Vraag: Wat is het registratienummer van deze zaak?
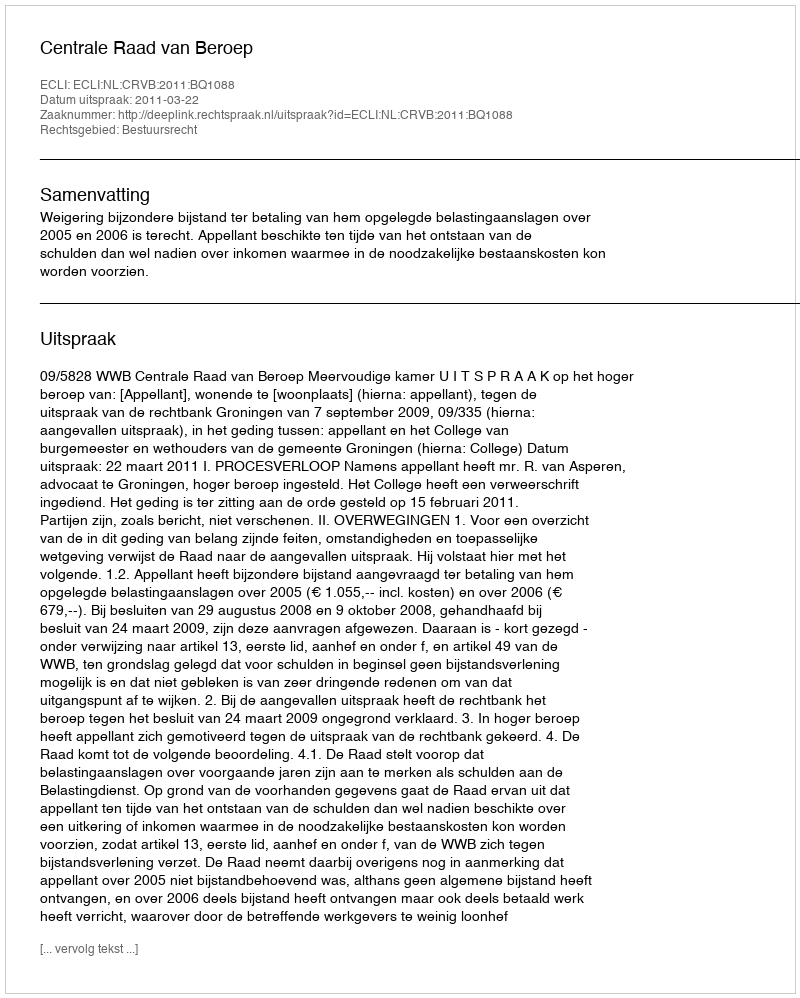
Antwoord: http://deeplink.rechtspraak.nl/uitspraak?id=ECLI:NL:CRVB:2011:BQ1088